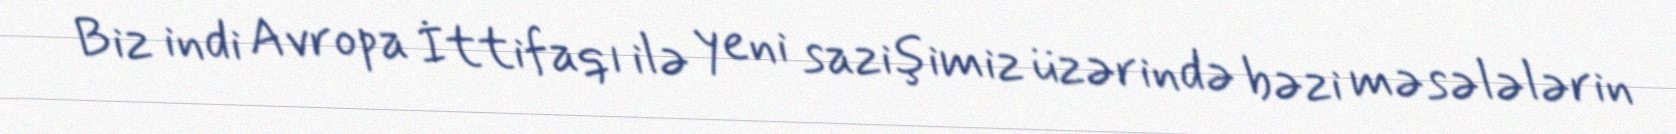
Biz indi Avropa İttifaqı ilə yeni sazişimiz üzərində bəzi məsələlərin